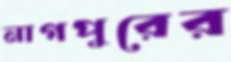
নাগপুরের